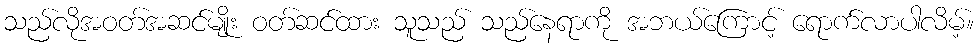
သည်လိုအဝတ်အဆင်မျိုး ဝတ်ဆင်ထား သူသည် သည်နေရာကို အဘယ်ကြောင့် ရောက်လာပါလိမ့်။